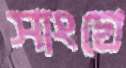
সাংগ্রে